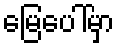
မြေပေါ်မှာ